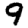
Digit: 9